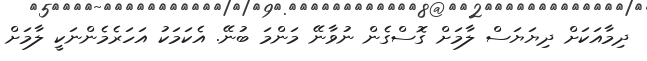
ދިމާއަކަށް ދިޔަޔަސް ލާމަށް ގޮސްގެން ނުވާނޭ މަންމަ ބުނޭ. އެކަމަކު އަހަރެމެންނަކީ ލާމަށް